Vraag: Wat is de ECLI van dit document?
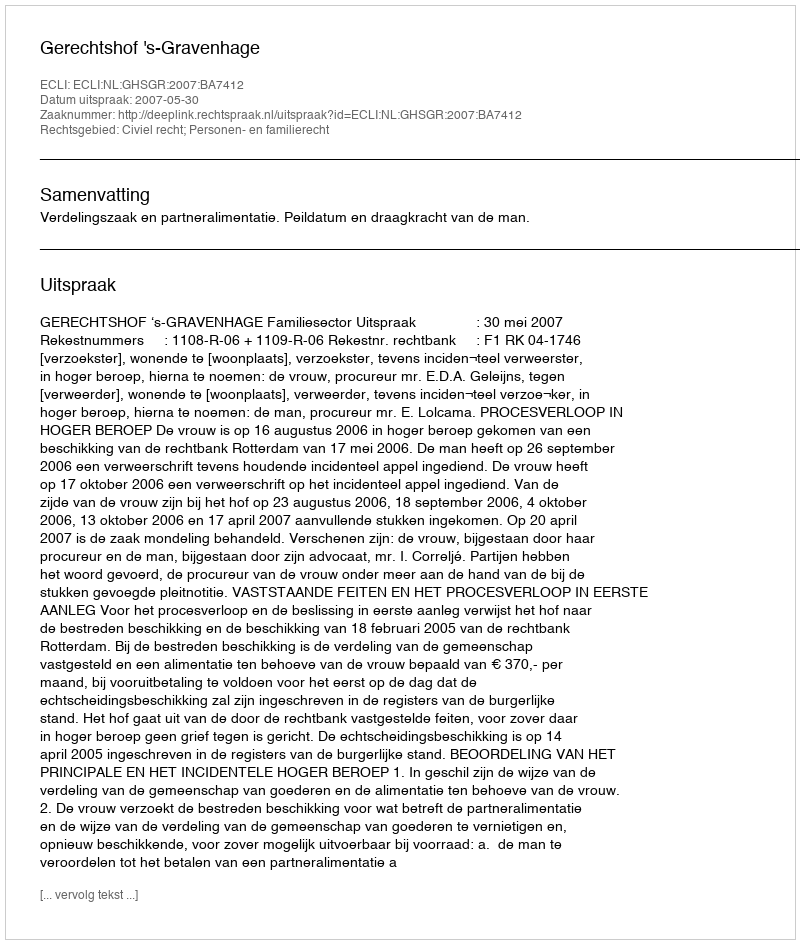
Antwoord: ECLI:NL:GHSGR:2007:BA7412